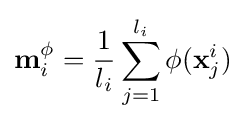
\mathbf {m} _{i}^{\phi }={\frac {1}{l_{i}}}\sum _{j=1}^{l_{i}}\phi (\mathbf {x} _{j}^{i})